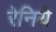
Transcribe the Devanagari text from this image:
रेनिये